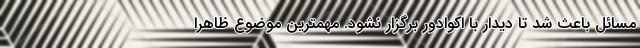
مسائل باعث شد تا دیدار با اکوادور برگزار نشود. مهمترین موضوع ظاهراً